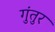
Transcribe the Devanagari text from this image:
गुंतुर